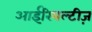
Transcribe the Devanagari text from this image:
आईरियल्टीज़